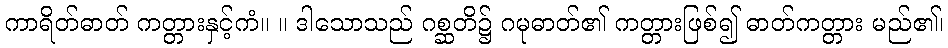
ကာရိတ်ဓာတ် ကတ္တားနှင့်ကံ။ ။ ဒါသောသည် ဂစ္ဆတိ၌ ဂမုဓာတ်၏ ကတ္တားဖြစ်၍ ဓာတ်ကတ္တား မည်၏၊